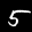
Label: 5